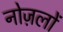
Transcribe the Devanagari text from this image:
नोज़लों